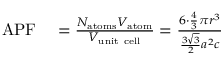
\begin{array} { r l } { \mathrm { A P F } } & { { } = { \frac { N _ { \mathrm { a t o m s } } V _ { \mathrm { a t o m } } } { V _ { \mathrm { u n i t ~ c e l l } } } } = { \frac { 6 \cdot { \frac { 4 } { 3 } } \pi r ^ { 3 } } { { \frac { 3 { \sqrt { 3 } } } { 2 } } a ^ { 2 } c } } } \end{array}